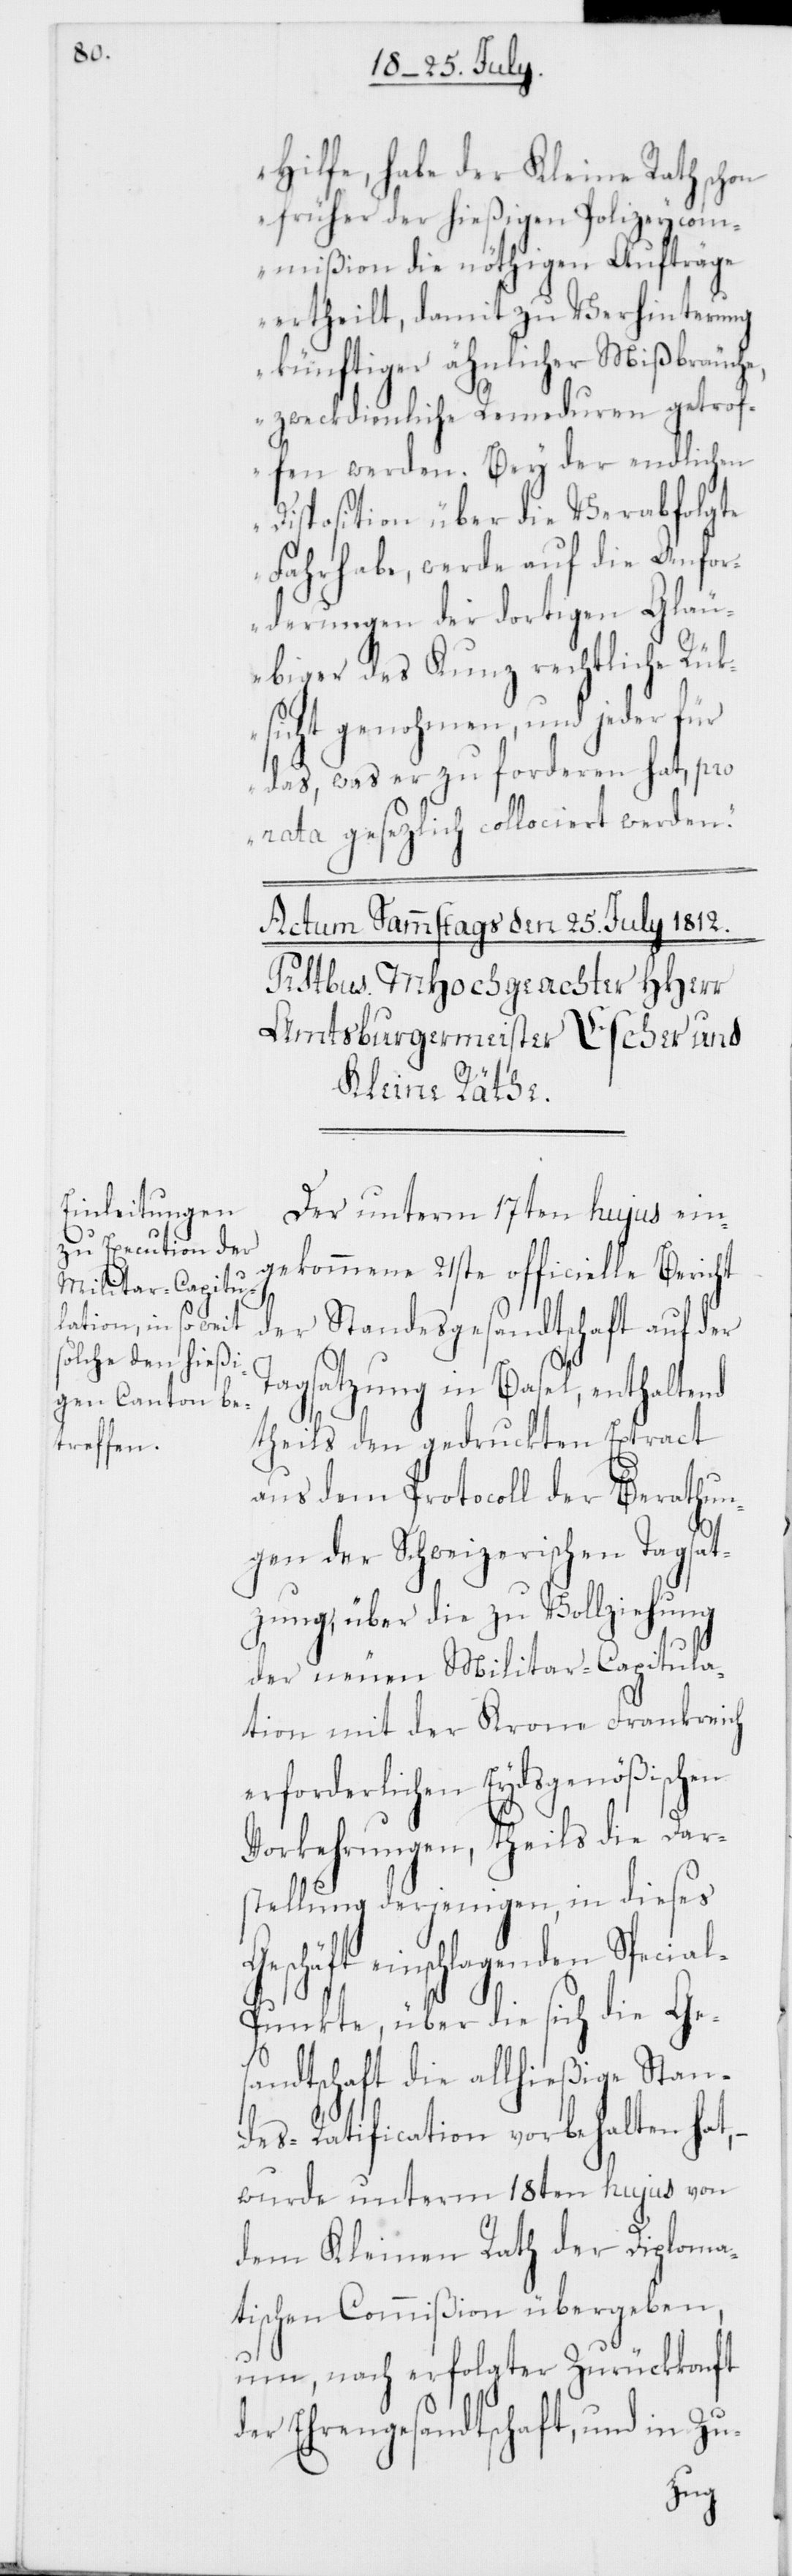
Hilfe, habe der Kleine Rath schon
früher der hießigen Polizeycom¬
mißion die nöthigen Aufträge
ertheilt, damit zu Verhinterung
künftiger ähnlicher Mißbräuch¬
e, zweckdienliche Remeduren getrof¬
fen werden. Bey der endlichen
Disposition über die Verabfolgte
Fahrhabe, werde auf die Anfor¬
derungen der dortigen Gläu¬
biger des Kunz rechtliche Rük¬
sicht genohmen, und jeder für
das, was er zu forderen hat, pro
rata gesetzlich collociert werden.“
Der unterm 17ten hujus ein¬
gekommene 21ste officielle Bericht
der Standesgesandtschaft auf der
Tagsatzung in Basel, enthaltend
theils den gedruckten Extract
aus dem Protocoll der Berathun¬
gen der Schweizerischen Tagsat¬
zung, über die zu Vollziehung
der neuen Militar-Capitula¬
tion mit der Krone Frankreich
erforderlichen Eydsgenößischen
Vorkehrungen, theils die Dar¬
stellung derjenigen, in dieses
einschlagenden Specia¬
l-Punkte, über die sich die Ges¬
andtschaft die allhießige Stan¬
des-Ratification vorbehalten hat,
wurde unterm 18ten hujus von
dem Kleinen Rath der Diploma¬
tischen Commißion übergeben,
um, nach erfolgter Zurückkonft
der Ehrengesandtschaft, und in Zu-